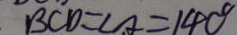
B C D = \angle A = 1 4 0 ^ { \circ }